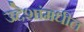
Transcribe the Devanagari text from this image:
उद्देशांमधील